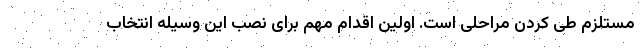
مستلزم طی کردن مراحلی است. اولین اقدام مهم برای نصب این وسیله انتخاب